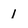
Character: 1